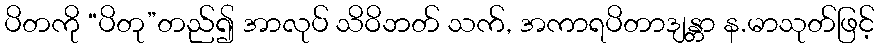
ပိတကို “ပိတု”တည်၍ အာလုပ် သိဝိဘတ် သက်, အကာရပိတာဒျန္တာ န.မာသုတ်ဖြင့်